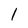
Character: 1